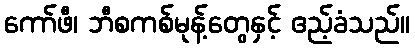
ကော်ဖီ၊ ဘီစကစ်မုန့်တွေနှင့် ဧည့်ခံသည်။